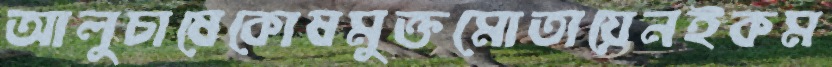
আলুচাষেকোষমুক্তমোতায়েনইকম